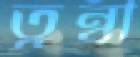
ত্বন্বী